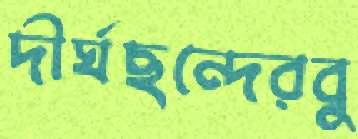
দীর্ঘছন্দেরবু